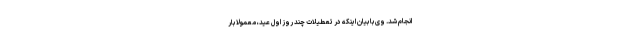
انجام شد. وی با بیان اینکه در تعطیلات چند روز اول عید، معمولا بار